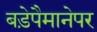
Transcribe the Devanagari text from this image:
बड़ेपैमानेपर